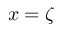
x = \zeta